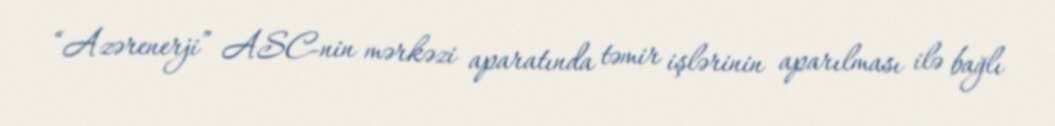
“Azərenerji” ASC-nin mərkəzi aparatında təmir işlərinin aparılması ilə bağlı